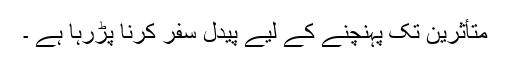
متأثرین تک پہنچنے کے لیے پیدل سفر کرنا پڑرہا ہے ۔